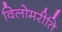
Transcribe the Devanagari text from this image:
विलोमरीति